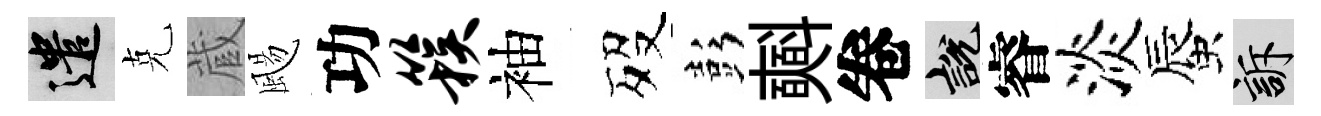
遣克蔵颺功簇袖歿彭𣂏卷説睿淡蜃訴